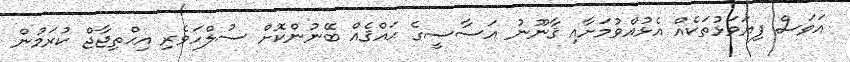
އަވަސް ފިޔަވަޅުތަކެއް އެޅުއްވުމަށާއި ޤާނޫނު އަސާސީގެ ޙައްޤެއް ބޭނުންކޮށް ސުލްހަވެރި އިޙްތިޖާޖް ކުރަމުން